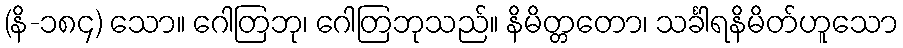
(နိ-၁၈၄) သော။ ဂေါတြဘု၊ ဂေါတြဘုသည်။ နိမိတ္တတော၊ သင်္ခါရနိမိတ်ဟူသော